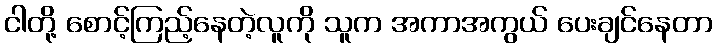
ငါတို့ စောင့်ကြည့်နေတဲ့လူကို သူက အကာအကွယ် ပေးချင်နေတာ